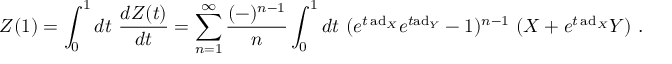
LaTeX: Z ( 1 ) = \int _ { 0 } ^ { 1 } d t ~ { \frac { d Z ( t ) } { d t } } = \sum _ { n = 1 } ^ { \infty } { \frac { ( - ) ^ { n - 1 } } { n } } \int _ { 0 } ^ { 1 } d t ~ ( e ^ { t \, \mathrm { a d } _ { X } } e ^ { t \mathrm { a d } _ { Y } } - 1 ) ^ { n - 1 } ~ ( X + e ^ { t \, \mathrm { a d } _ { X } } Y ) ~ .